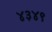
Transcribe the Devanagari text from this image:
४३४९